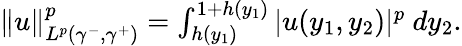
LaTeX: \begin{array}{r}{\| u\| _{L^{p}(\gamma^{-},\gamma^{+})}^{p}=\int_{h(y_{1})}^{1+h(y_{1})}|u(y_{1},y_{2})|^{p}\ dy_{2}.}\end{array}